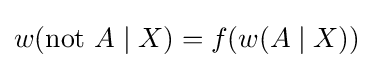
w({\text{not }}A\mid X)=f(w(A\mid X))